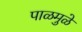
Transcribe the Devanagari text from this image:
पाळमुळे